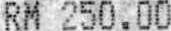
RM 250.00